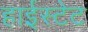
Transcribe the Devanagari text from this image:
हाईस्टेट